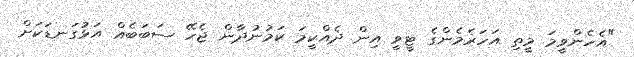
"އެހެންވީމަ މީތި އަހަރެމެންގެ ޓީވީ އިން ދެއްކީމަ ކަމުނުދާން ޖެހޭ ސަބަބެއް އަޅުގަނޑަކަށް